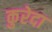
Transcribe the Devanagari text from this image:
कुरेदा